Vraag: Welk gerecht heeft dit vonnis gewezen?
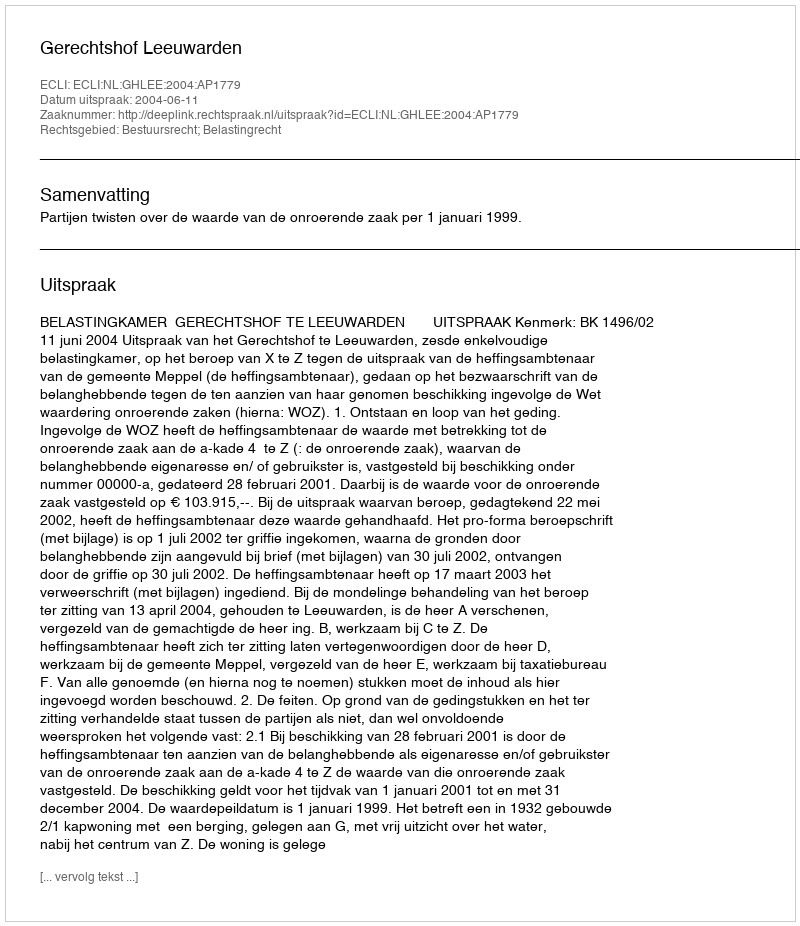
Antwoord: Gerechtshof Leeuwarden